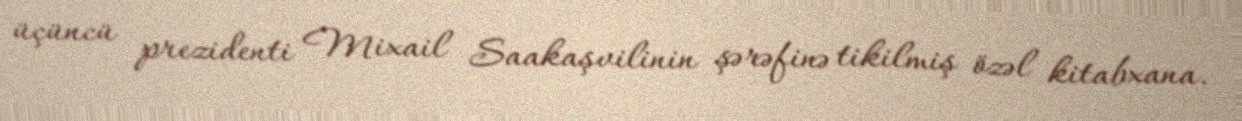
üçüncü prezidenti Mixail Saakaşvilinin şərəfinə tikilmiş özəl kitabxana.